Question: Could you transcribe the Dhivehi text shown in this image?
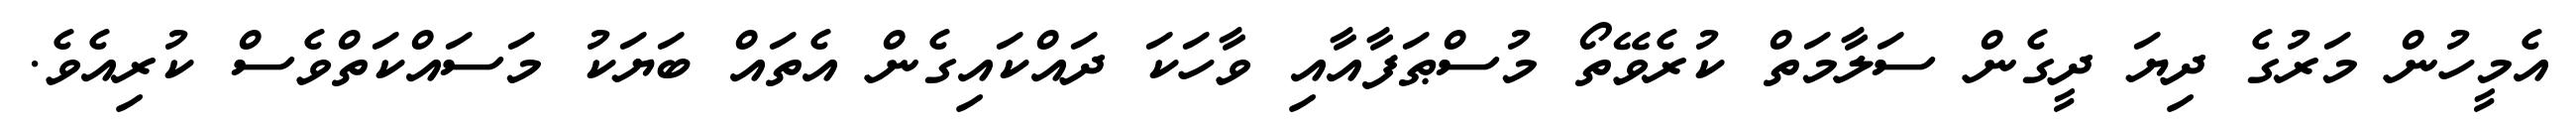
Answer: އެމީހުން މަރުގެ ދިޔަ ދީގެން ސަލާމަތް ކުރެވޭތޯ މުސްޠަފާއާއި ވާހަކަ ދައްކައިގެން އެތައް ބަޔަކު މަސައްކަތްވެސް ކުރިއެވެ.